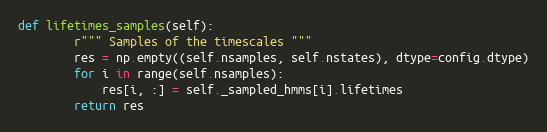
Language: Python
def lifetimes_samples(self):
        r""" Samples of the timescales """
        res = np.empty((self.nsamples, self.nstates), dtype=config.dtype)
        for i in range(self.nsamples):
            res[i, :] = self._sampled_hmms[i].lifetimes
        return res